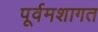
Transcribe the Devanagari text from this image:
पूर्वमशागत